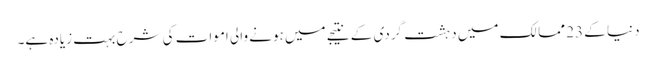
دنیا کے 23 ممالک میں دہشت گردی کے نتیجے میں ہونے والی اموات کی شرح بہت زیادہ ہے۔